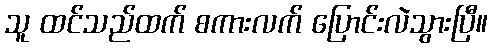
သူ ထင်သည်ထက် စကားလက် ပြောင်းလဲသွားပြီ။